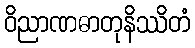
ဝိညာဏဓာတုနိဿိတံ